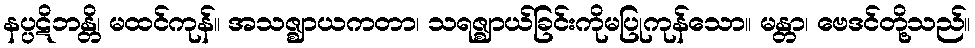
နပ္ပဋိဘန္တိ၊ မထင်ကုန်။ အသဇ္ဈာယကတာ၊ သရဇ္ဈာယ်ခြင်းကိုမပြုကုန်သော။ မန္တာ၊ ဗေဒင်တို့သည်။